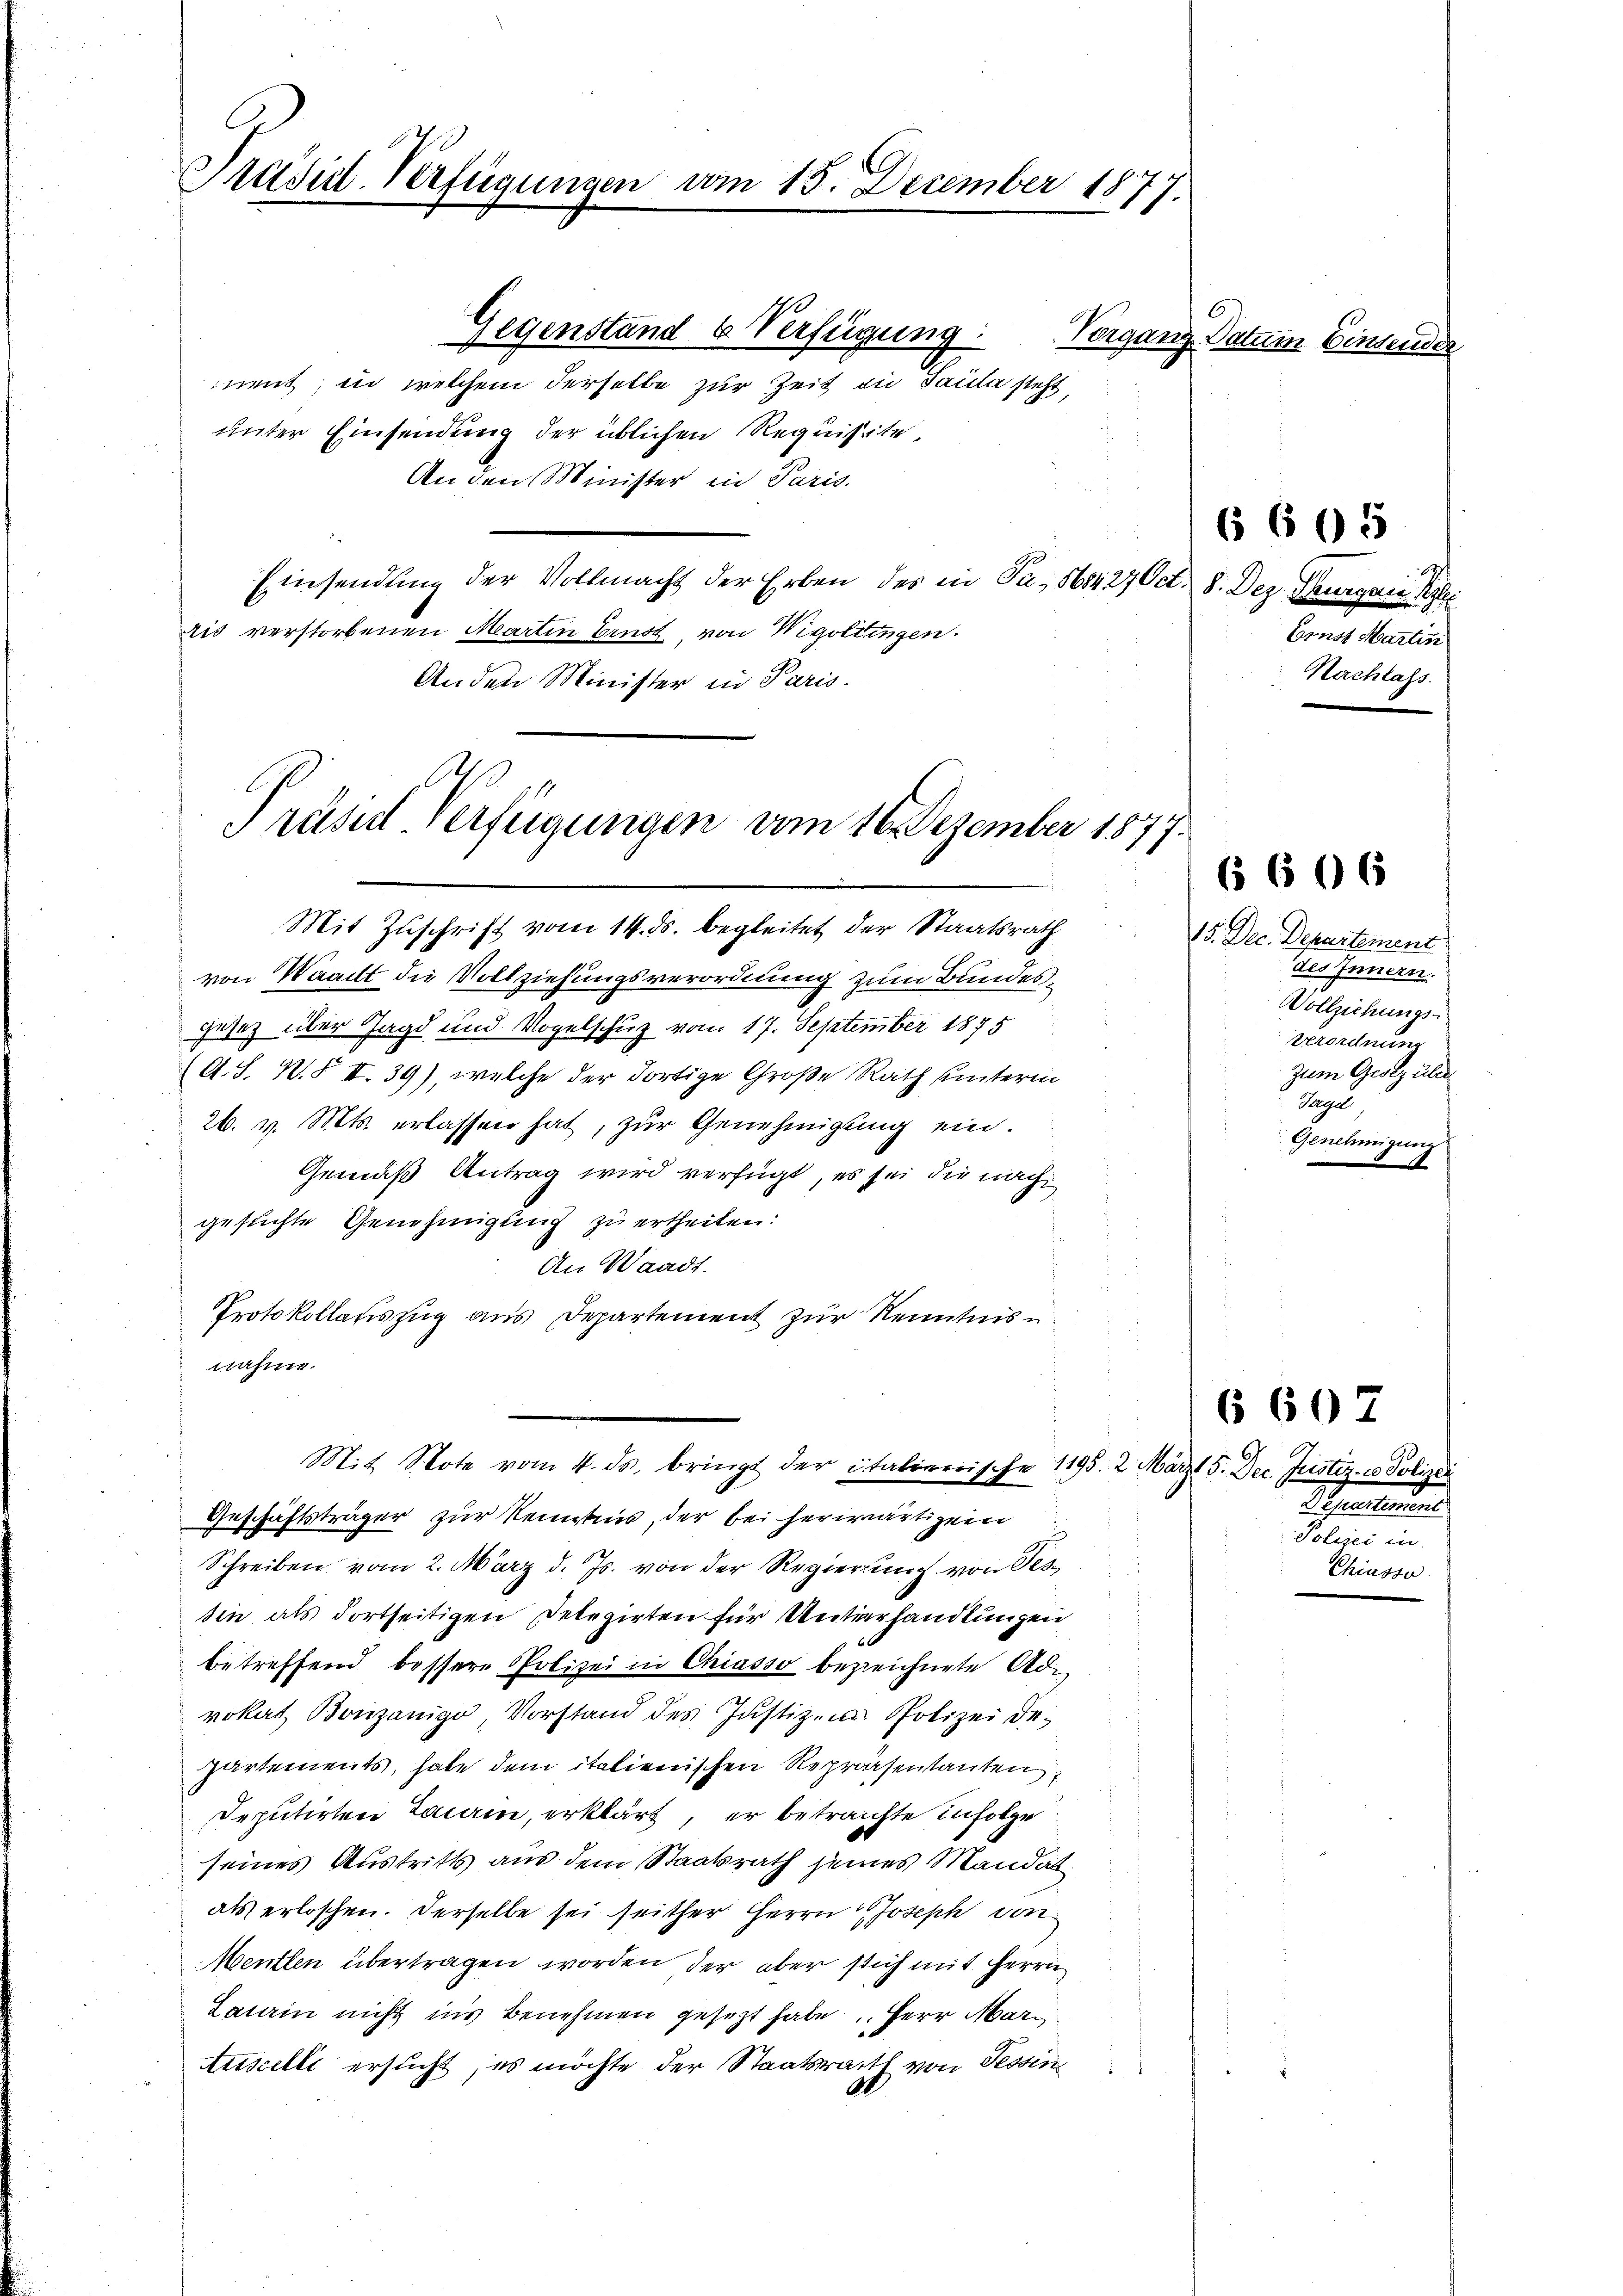
Präsid-Verfügungen vom 15. December 1877.

Gegenstand & Verfügung:
nent; in welchem derselbe zur Zeit zu Paula steht,
unter Einsendung der üblichen Requisite,
An den Minister in Paris.
Einsendung der Vollmacht der Erben des in Pa- 5684 27 Oct. 8. Dez. Thurgaie Pe
ais verstorbenen Martin Ernst von Wigoltingen.
Anden Minister in Paris.

Präses Verfügungen vom 16. Dezember 187

Mit Zuschrift vom 14. ds. begleitet der Staatsrath
von Waadt die Vollziehungsverordnung zum Bundesgesetz über Jagd und Vogelschuz vom 17. September 1875
(A. S. W.S. II.39), welche der dortige Große Rath unterin
26. v. Mts. erlassen hat, zur Genehmigung ein.
Gemäß Antrag wird verfügt, es sei die nach
gesuchte Genehmigung zu ertheilen:
An Waadt.
Protokollauszug aus Departement zur Kenntnis u.
nahme.

Geschäftsträger zur Kenntnis, der bei herwärtigen
Schreiben vom 2. März d. Js. von der Regierung von Pes
sin als dortseitigen Delegirten für Unterhandlungen
betreffend bessere Polizei in Chiasso bezeichnete Ade
vokat Bonzanige, Vorstand des Justizen Polizei de-
partements, habe dem italienischen Repräsentanten
Deputirten Lacain, erklärt, er betrachte Infolge
seines Austritts aus dem Staatsrath seines Mandat
als erloschen. Derselbe sei seither Herrn Joseph von
Menten übertragen worden der aber sich mit Herrn
Lawin nicht ins Benehmen gesezt habe Herr Mar¬
Auscelli ersucht; es möchte der Staatsrath von Tessin

Mit Stote vom 4. ds. bringt der italienische 1195. 2. Marzt 5. Dec. Justiz- u Polizei

Vergan

h

.

Datum Einsender

Ernst Martin
Nachlass.

6 605

606

15. Dec. Departement
des Innern.
Vollziehungs-
verordnung
zum Gesez über
Sigel
Genehmigung
A

6 607

Arealien
Polizei in
Chiasso